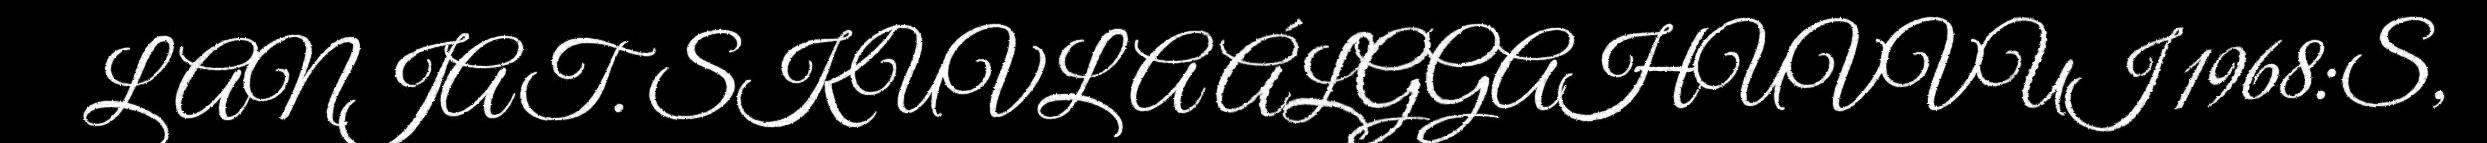
LANJAT. SKUVLA ÁLGGAHUVVUI 1968:S,